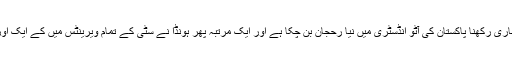
بہرحال، فیس لفٹ پیش کرنے کا عمل جاری رکھنا پاکستان کی آٹو انڈسٹری میں نیا رحجان بن چکا ہے اور ایک مرتبہ پھر ہونڈا نے سٹی کے تمام ویرینٹس میں کے ایک اور فیس لفٹ ماڈل متعارف کروا دیے ہیں۔